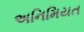
અનિમિયત